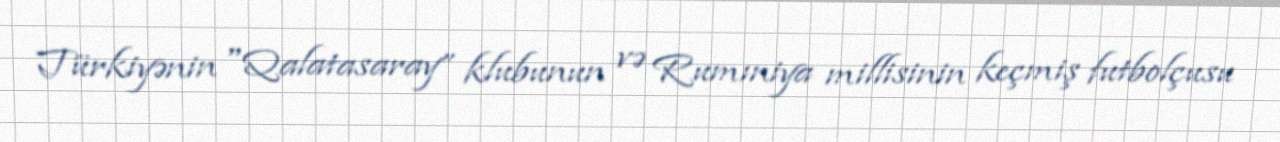
Türkiyənin "Qalatasaray” klubunun və Rumıniya millisinin keçmiş futbolçusu